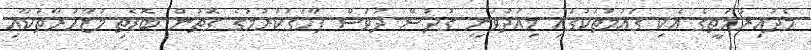
މެދުއިރުމަތީގެ އެކި ގައުމުތަކުގައި މިއަދުވަނީ ގުދުސް ދުވަސް ފާހަގަކުރުމުގެ ގޮތުން ބޮޑެތި މުޒާހަރާތަކާއި